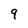
Character: 9